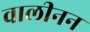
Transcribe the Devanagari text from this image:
वालीनन